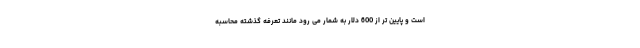
است و پایین تر از 600 دلار به شمار می رود مانند تعرفه گذشته محاسبه